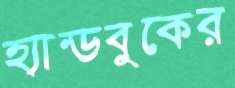
হ্যান্ডবুকের